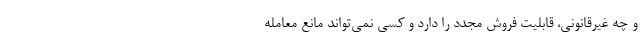
و چه غیرقانونی، قابلیت فروش مجدد را دارد و کسی نمی‌تواند مانع معامله